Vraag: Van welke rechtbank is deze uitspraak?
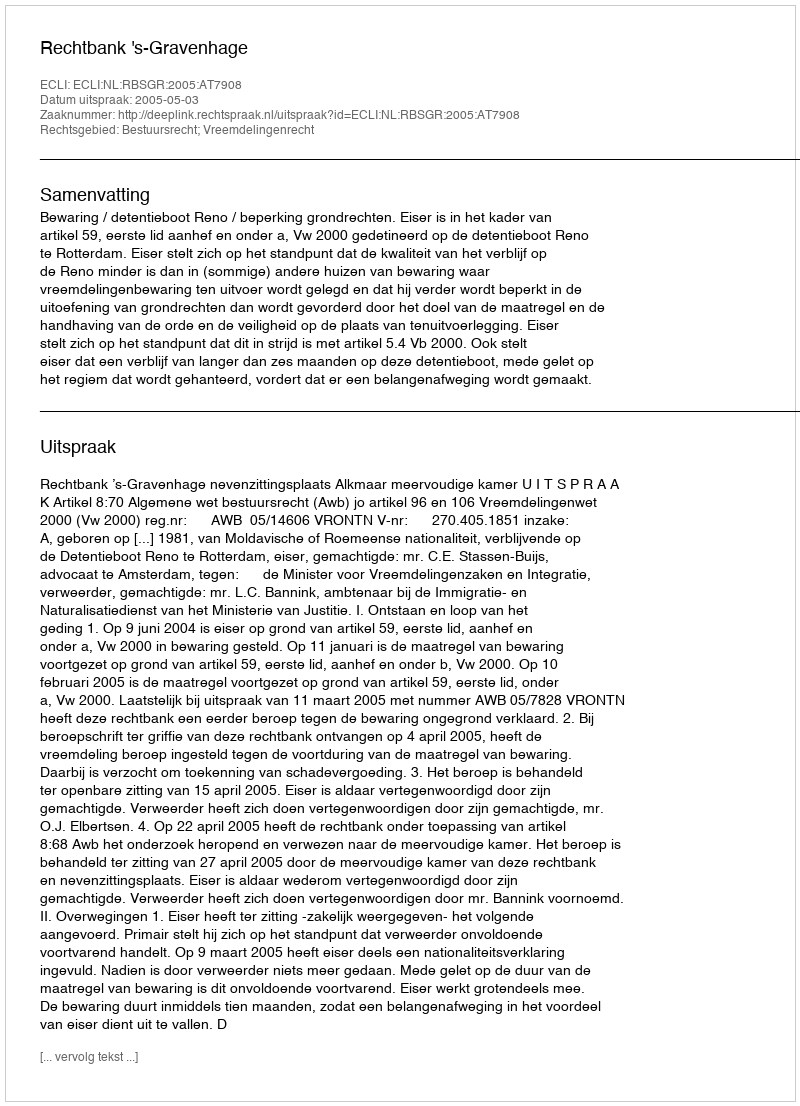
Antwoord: Rechtbank 's-Gravenhage